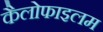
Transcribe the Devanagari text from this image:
कैलोफाइलम